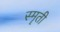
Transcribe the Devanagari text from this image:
स्मॄती